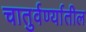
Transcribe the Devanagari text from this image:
चातुर्वर्ण्यातील